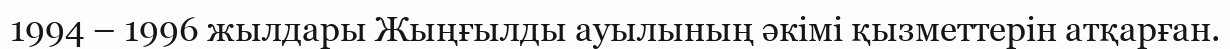
1994 – 1996 жылдары Жыңғылды ауылының әкімі қызметтерін атқарған.